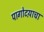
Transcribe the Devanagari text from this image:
पागोटय़ाचा